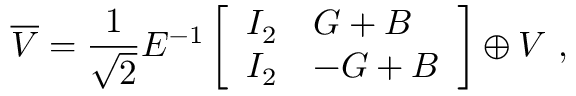
\overline { { { V } } } = { \frac { 1 } { \sqrt { 2 } } } E ^ { - 1 } \left[ \begin{array} { l l } { { I _ { 2 } } } & { { G + B } } \\ { { I _ { 2 } } } & { { - G + B } } \end{array} \right] \oplus V \ ,